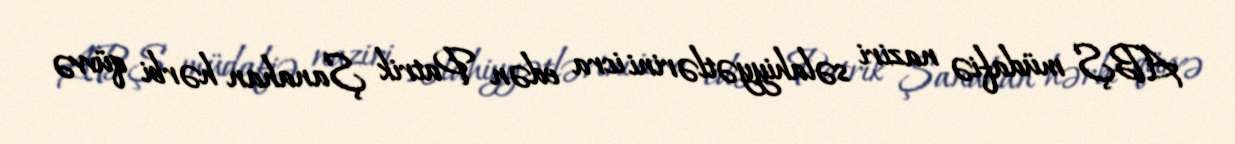
ABŞ müdafiə naziri səlahiyyətlərini icra edən Patrik Şanahan hərbi qüvvə